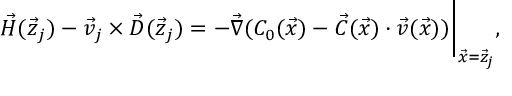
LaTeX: \vec { H } ( \vec { z } _ { j } ) - \vec { v } _ { j } \times \vec { D } ( \vec { z } _ { j } ) = - \vec { \nabla } ( C _ { 0 } ( \vec { x } ) - \vec { C } ( \vec { x } ) \cdot \vec { v } ( \vec { x } ) ) \Bigg | _ { \vec { x } = \vec { z } _ { j } } ,